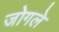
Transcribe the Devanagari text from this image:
जोगले